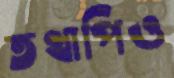
তথাপিও